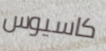
كاسيوس